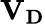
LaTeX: \mathbf{V_{D}}